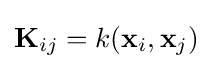
\mathbf {K} _{ij}=k(\mathbf {x} _{i},\mathbf {x} _{j})